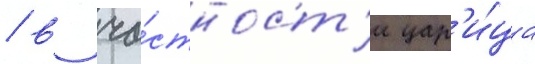
/ в ча́стност'и цар'и́ца